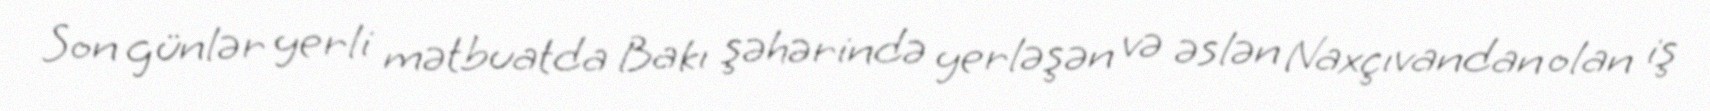
Son günlər yerli mətbuatda Bakı şəhərində yerləşən və əslən Naxçıvandan olan iş